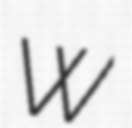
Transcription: W